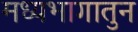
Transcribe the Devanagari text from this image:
मध्यभागातुन